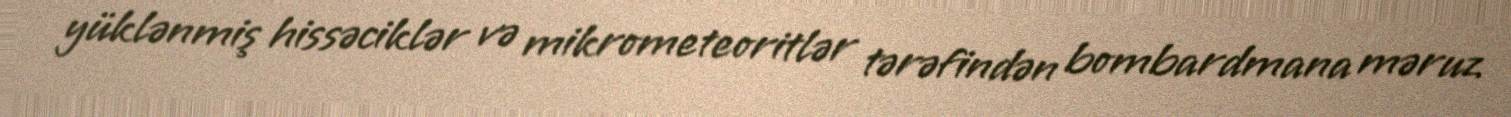
yüklənmiş hissəciklər və mikrometeoritlər tərəfindən bombardmana məruz